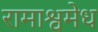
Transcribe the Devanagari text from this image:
रामाश्वमेध